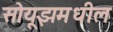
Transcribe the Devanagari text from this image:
सोयूझमधील